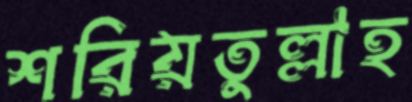
শরিয়তুল্লাহ